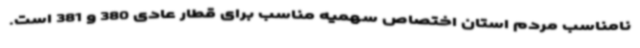
نامناسب مردم استان اختصاص سهمیه مناسب برای قطار عادی 380 و 381 است.